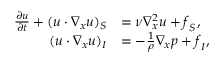
\begin{array} { r l } { \frac { \partial \boldsymbol { u } } { \partial t } + ( \boldsymbol { u } \cdot \nabla _ { \boldsymbol { x } } \boldsymbol { u } ) _ { S } } & { = \nu \nabla _ { \boldsymbol { x } } ^ { 2 } \boldsymbol { u } + \boldsymbol { f } _ { S } , } \\ { ( \boldsymbol { u } \cdot \nabla _ { \boldsymbol { x } } \boldsymbol { u } ) _ { I } } & { = - \frac { 1 } { \rho } \nabla _ { \boldsymbol { x } } p + \boldsymbol { f } _ { I } , } \end{array}